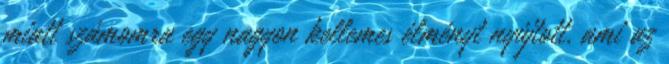
miatt számomra egy nagyon kellemes élményt nyújtott, ami az